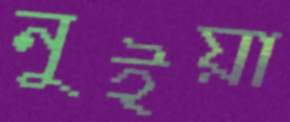
নুইয়া